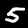
Digit: 5